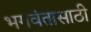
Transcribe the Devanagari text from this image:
भगवंतासाठी